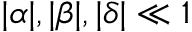
| \alpha | , | \beta | , | \delta | \ll 1